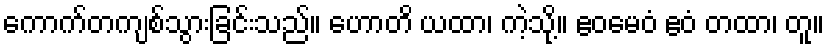
ကောက်တကျစ်သွားခြင်းသည်။ ဟောတိ ယထာ၊ ကဲ့သို့။ ဧဝမေဝံ ဧဝံ တထာ၊ တူ။